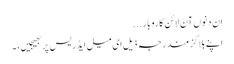
ان دنوں آن لائن کاروبار...
اپنے بلاگز مندرجہ ذیل ای میل ایڈریس پر بھیجیں، ۔